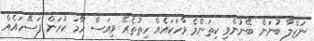
ނަޒްލާ ބުނަން ބޭނުންވި ކިތަންމެ ވާހަކައެއް ހިތުތެރޭ ވިއަސް ހާމަ ކުރަން ފަސޭހައެއް